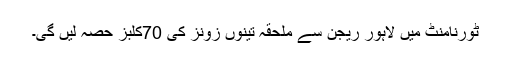
ٹورنامنٹ میں لاہور ریجن سے ملحقہ تینوں زونز کی 70کلبز حصہ لیں گی۔